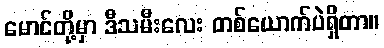
မောင်တို့မှာ ဒီသမီးလေး တစ်ယောက်ပဲရှိတာ။